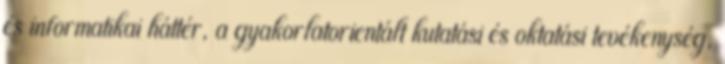
és informatikai háttér, a gyakorlatorientált kutatási és oktatási tevékenység,